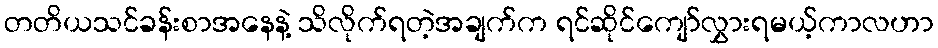
တတိယသင်ခန်းစာအနေနဲ့ သိလိုက်ရတဲ့အချက်က ရင်ဆိုင်ကျော်လွှားရမယ့်ကာလဟာ